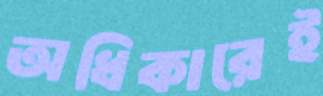
অধিকারেই